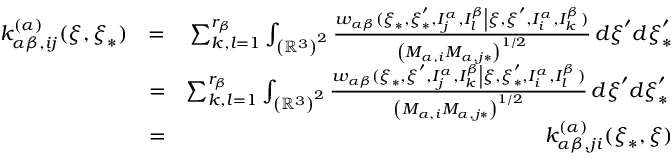
\begin{array} { r l r } { k _ { \alpha \beta , i j } ^ { \left( \alpha \right) } ( \boldsymbol { \xi } , \boldsymbol { \xi } _ { \ast } ) } & { = } & { \sum _ { k , l = 1 } ^ { r _ { \beta } } \int _ { \left( \mathbb { R } ^ { 3 } \right) ^ { 2 } } \frac { w _ { \alpha \beta } ( \boldsymbol { \xi } _ { \ast } , \boldsymbol { \xi } _ { \ast } ^ { \prime } , I _ { j } ^ { \alpha } , I _ { l } ^ { \beta } \left\vert \boldsymbol { \xi } , \boldsymbol { \xi } ^ { \prime } , I _ { i } ^ { \alpha } , I _ { k } ^ { \beta } \right. ) } { \left( M _ { \alpha , i } M _ { \alpha , j \ast } \right) ^ { 1 / 2 } } \, d \boldsymbol { \xi } ^ { \prime } d \boldsymbol { \xi } _ { \ast } ^ { \prime } } \\ & { = } & { \sum _ { k , l = 1 } ^ { r _ { \beta } } \int _ { \left( \mathbb { R } ^ { 3 } \right) ^ { 2 } } \frac { w _ { \alpha \beta } ( \boldsymbol { \xi } _ { \ast } , \boldsymbol { \xi } ^ { \prime } , I _ { j } ^ { \alpha } , I _ { k } ^ { \beta } \left\vert \boldsymbol { \xi } , \boldsymbol { \xi } _ { \ast } ^ { \prime } , I _ { i } ^ { \alpha } , I _ { l } ^ { \beta } \right. ) } { \left( M _ { \alpha , i } M _ { \alpha , j \ast } \right) ^ { 1 / 2 } } \, d \boldsymbol { \xi } ^ { \prime } d \boldsymbol { \xi } _ { \ast } ^ { \prime } \, } \\ & { = } & { k _ { \alpha \beta , j i } ^ { \left( \alpha \right) } ( \boldsymbol { \xi } _ { \ast } , \boldsymbol { \xi } ) } \end{array}